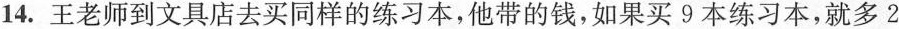
14.王老师到文具店去买同样的练习本，他带的钱，如果买9本练习本，就多2